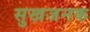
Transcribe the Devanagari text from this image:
सुखजनक